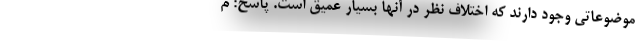
موضوعاتی وجود دارند که اختلاف نظر در آنها بسیار عمیق است. پاسخ: م